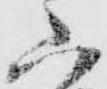
山